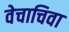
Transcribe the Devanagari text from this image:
वेचाचिवा